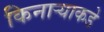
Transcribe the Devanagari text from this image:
किनाऱ्याकडे